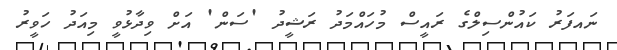
ނައފަރު ކައުންސިލްގެ ރައީސް މުހައްމަދު ރަޝީދު 'ސަން' އަށް ވިދާޅުވީ މިއަދު ހަވީރު